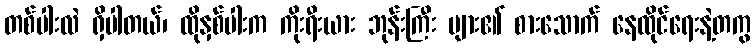
တစ်ပါးလဲ ရှိပါတယ်၊ ထိုနှစ်ပါးက ကိုးရီးယား ဘုန်းကြီး များ၏ စားသောက် နေထိုင်ရေးနဲ့တကွ